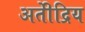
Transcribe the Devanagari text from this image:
अतीेंद्रिय